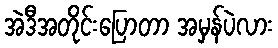
အဲဒီအတိုင်းပြောတာ အမှန်ပဲလား